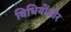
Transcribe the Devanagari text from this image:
विधियोंऔर